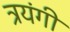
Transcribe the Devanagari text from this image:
त्रयंगी